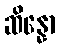
ဆိန္နော